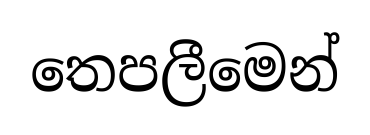
තෙපලීමෙන්